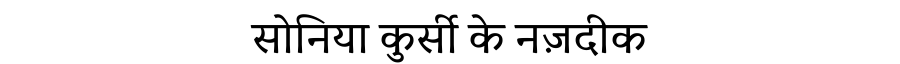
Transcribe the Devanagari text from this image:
सोनिया कुर्सी के नज़दीक